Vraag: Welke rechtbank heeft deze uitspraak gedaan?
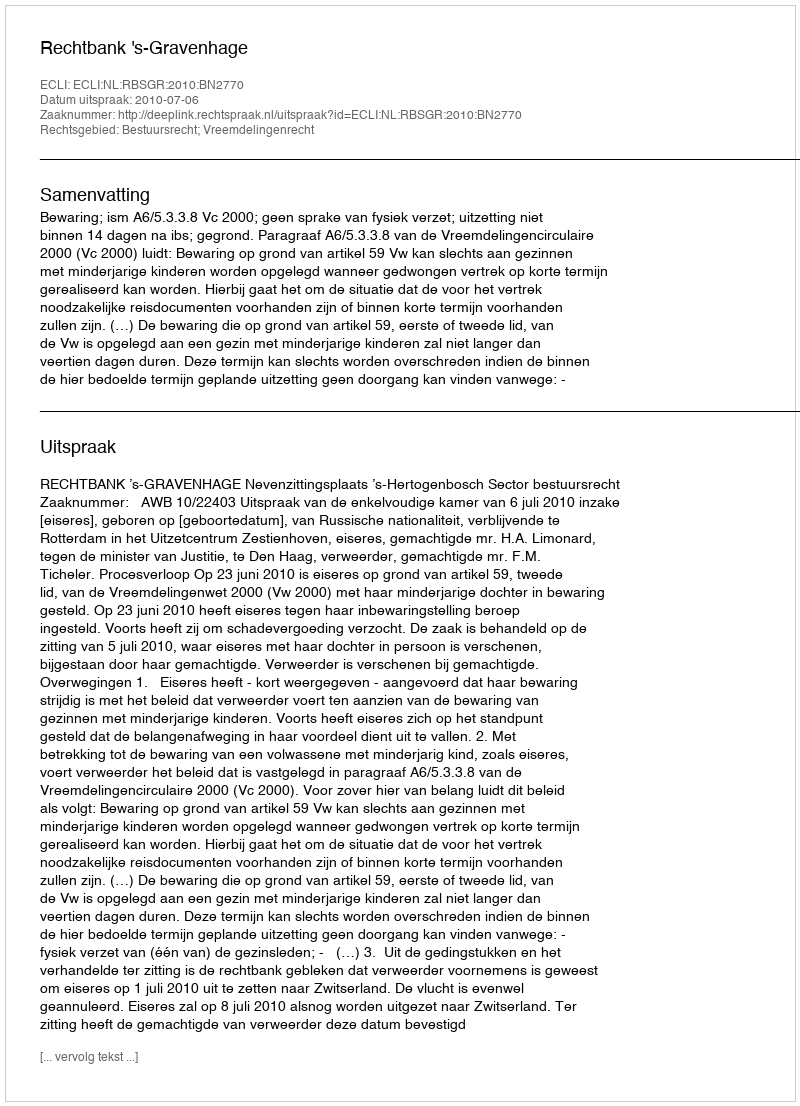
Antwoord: Rechtbank 's-Gravenhage